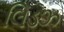
લિડઝ